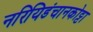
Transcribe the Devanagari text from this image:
नरियिडंचानकोट्टा